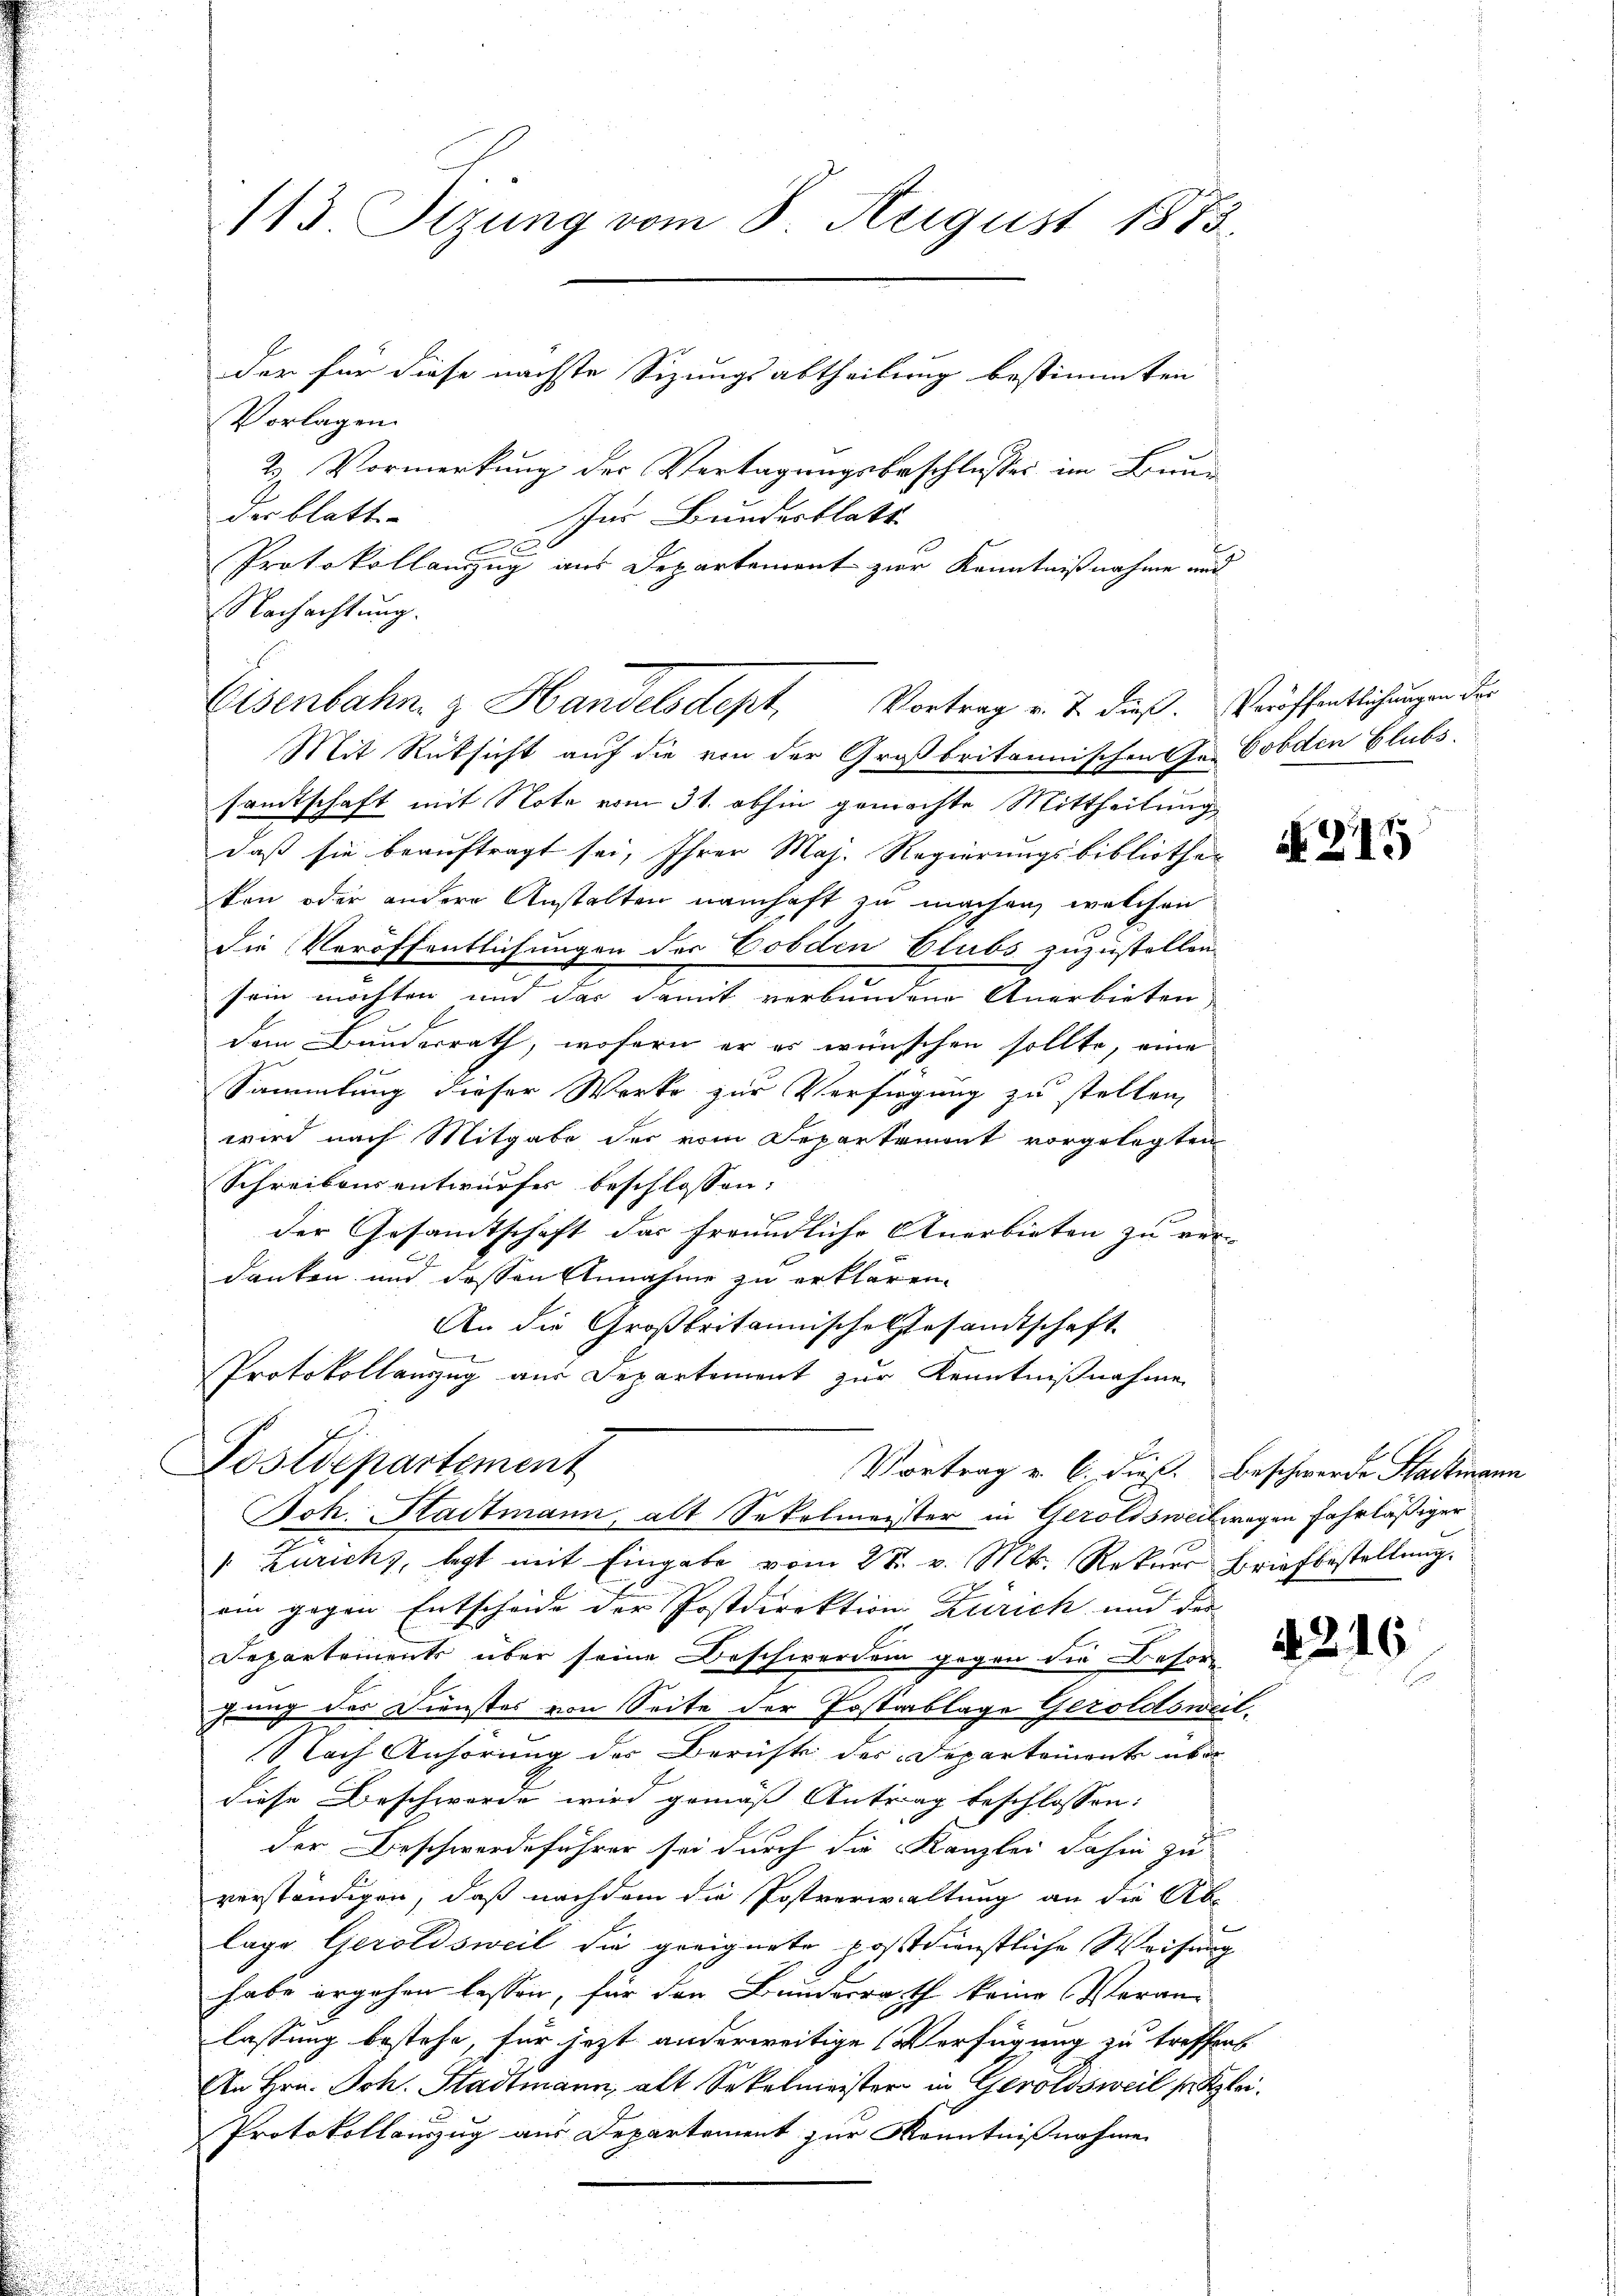
113. Sizung vom 8. August 1873.
der für diese nächste Sizungsabtheilung bestimmten

Vorlagen.
2 Vormerkung der Vertagungsbeschlusses im Bunder blatt
Ins Bundesblatt
A
Protokollanzzug aus Departement zur Kenntnißnahme und
Nachachtung.
Mit Rücksicht auf die von der Großbritannischen Jr. Cobden Blubs,
sandtschaft mit Note vom 31. abhin gemachte Mittheilung
daß sie beauftragt sei, Ihrer Maj. Regierungsbibliothek
kon oder andere Anstalten namhaft zu machen, welchen
die Veröffentlichungen des Cobdlen Clubs zuzustellen
sein möchten und das damit verbundene Anerbieten
dem Bunderrath, wofern er er wünschen sollte, eine
Sammlung dieser Werke zur Verfügung zu stellen,
wird nach Mitgabe der vom Departemont vorgelegten
Schreibens entwurfes beschlossen:
f
der Gesamtschaft das freundliche Anerbieten zu ver-
danken und dessen Annahme zu erklären.
An die Großbritannische Gesandtschaft
Protokollauszug aus Departement zur Kenntnißnahme
.
Postdepartement
Vortrag v. 6. dieß. Beschwerde Stadtmann
Joh. Stadtmann, alt Sekelmeister in Geroldsweil wegen fahrläßiger
". Zurichs, legt mit Eingabe vom 28. v. Mt. Rekurs Briefbestellŭng.
am gegen Entschade der Postdirektion Zürich und der |
Departements über seine Beschwerden gegen die Besorgung des Dienstes von Seite der Postablage Geroldsweil¬
Nach Anhörung der Beruft des Departement über
diese Beschworde wird gemäß Antrag beschlossen:
der Beschwerdeführer sei durch die Kanzlei dahin zu
verständigen, daß nachdem die Postverwaltung an die Ab-
lage Geroldsweil die geeignete postdienstliche Weisung
habe ergehen lassen, für den Bunderrath keine Veran-
lassung bestehe, für jetzt anderweitige Verfügung zu treffen
An Hrn. Joh. Stadtmann, alt Sekelmeister in Geroldsweil setzler
Protokollauszug aus Departement zur Kenntnißnahme

Eisenbahn & Handelsdept, Vortrag v. J. dieß. Veröffentlichungen der

N 215

42.

16